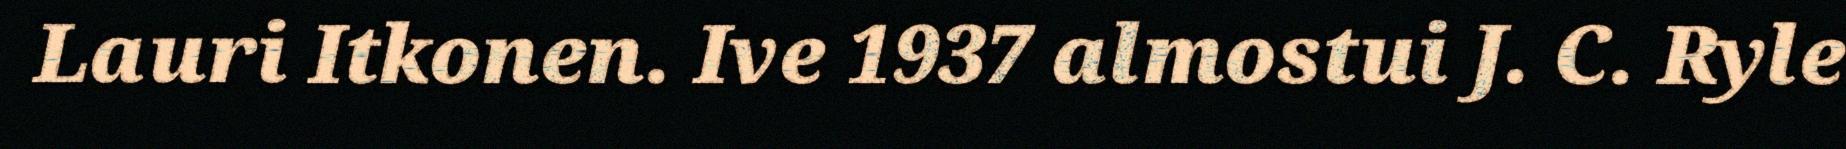
Lauri Itkonen. Ive 1937 almostui J. C. Ryle